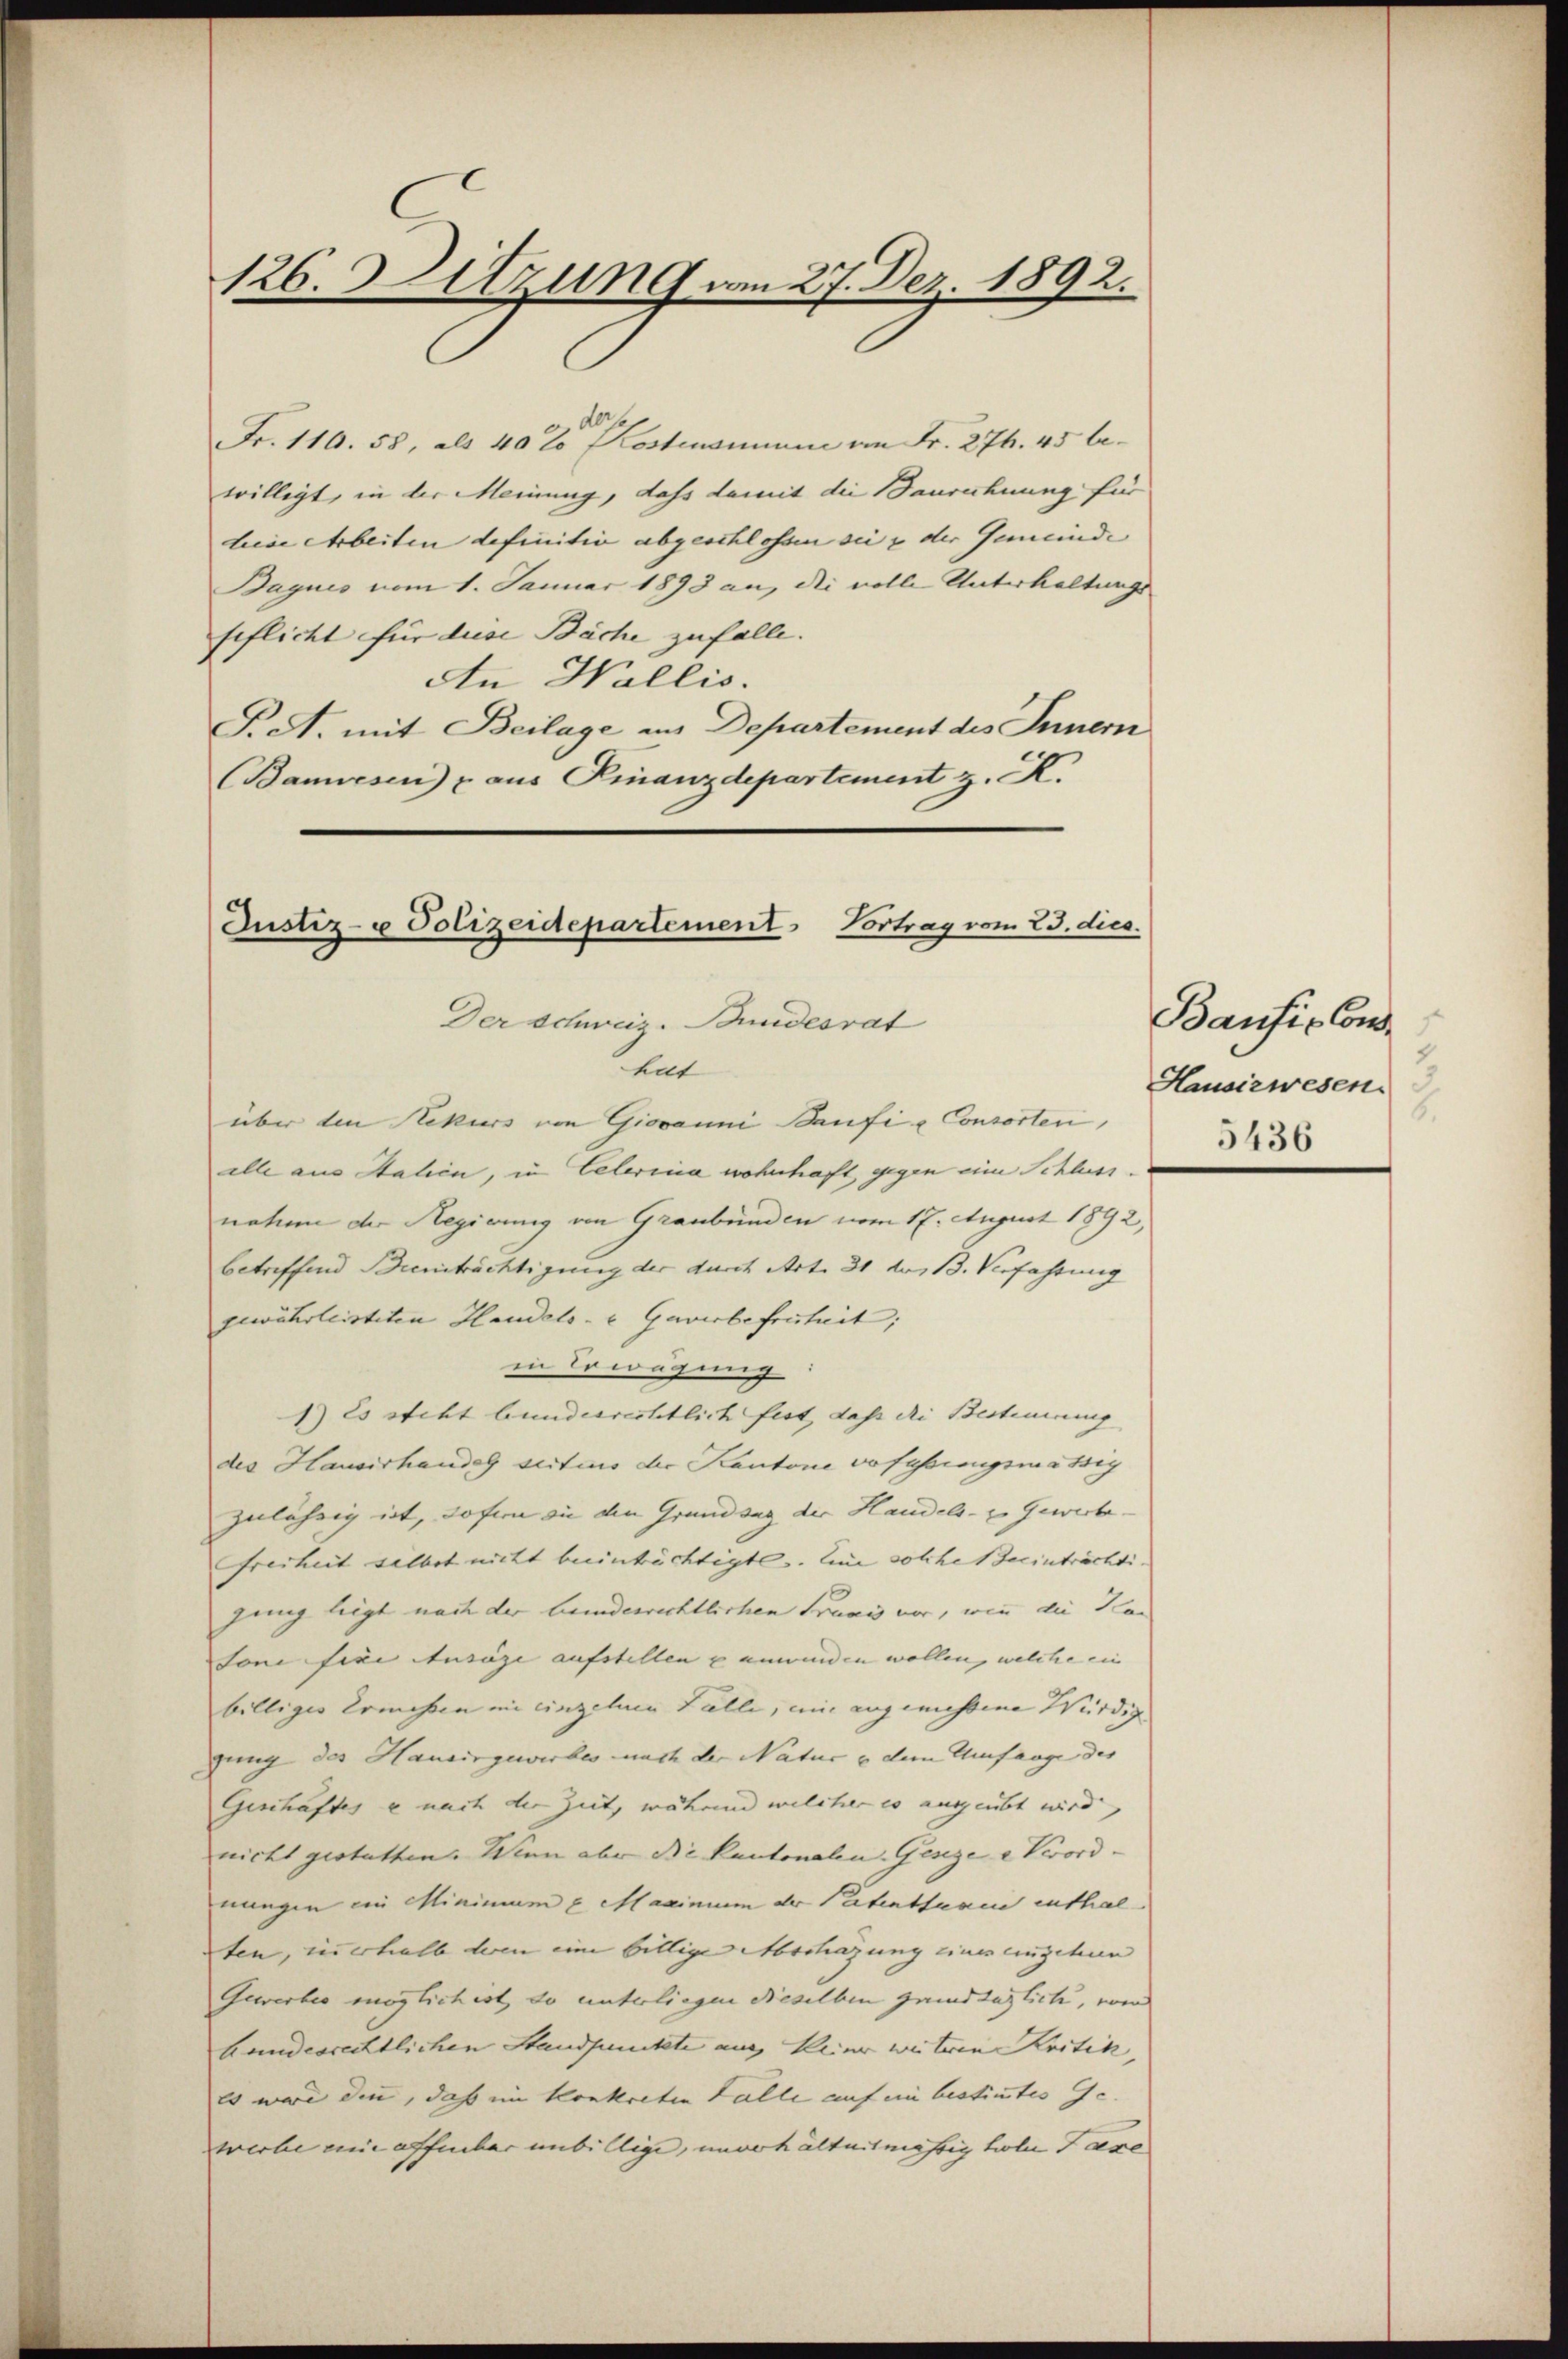
126. Sitzung am 27. Dez. 1892.

Fr. 110. 58, als 40% Kostensinum an Fr. 274. 45 bewilligt, in der Meinung, dass damit die Baurechnung für
bise Arbeiten definitiv abgeschlossen sei & der Gemeinde |
Bagues vom 1. Januar 1893 an, die volle Unterhaltungs-
seflicht für diese Bäche zufalle.
An Wallis.
S. A. mit Beilage an Departement des Innern
(Banwesen u aus Finanzdepartement z. K.

Justiz- u Polizeidepartement. Vortrag vom 23. dies.
Der Schweiz. Bundesrat
eit
über den Rekurs von Giovanni Baufie Consorten,

alle aus Stalien, in Celerina wohnhaft gegen eine Schluss.
nahme der Regierung von Graubünden vom 17. August 1892,
betreffend Brenträchtigung der durch Art. 31 des 13. Verfahrung
gewährleisteten Handels- u Gewerbefreiheit;
in Erwägung:
1) Es steht bundesrechtlich fest, daß die Bestinirung
des Hausirhandel seitis der Kantone befassungsmässig
zulährig ist, sofern sie den Grundsag der Handels- u. Gewerbe.
Freiheit selbst nicht beeinträchtigte. Eine solche einträchtigung liegt nach der beiderrichtlichen Franz vor, wenn die Katone fixe Ausage aufstellen & unwinden wollen, welche ein
billiges Ermessen in einzelnen Fälle, eine angemessene Würdig
gung des Hausingewirbes nach der Natur u dem Umfange der |
Geschäftes e nach der Zeit, während welcher es ausgeübt wird.
nicht gestatten. Wien aber die Kantonalen Genze e Verord- |
nungen ein Mininium u Marinium der Patenthurn enthal
ten, in erhalb deren eine billige Abschazung eines engehun
Gewerbes möglich ist, so unterliegen dieselben grundtaglich, vom
bandesrechtlichen Standpunkte aus keine weiteren Kritik,
Es wäre denn, daß im konkreten Falle auf ein bestimmtes Gewerbe eine offenbar unbillige, unverhältnismährig holen Tage

Bausis Cons
Hausiewesen

5436